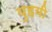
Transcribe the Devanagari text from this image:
युहयी